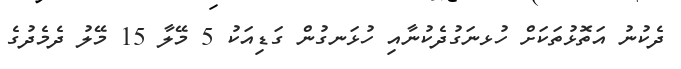
ދެކުނު އަތޮޅުތަކަށް ހުޅނަގުދެކުނާއި ހުޅަނގުން ގަޑިއަކު 5 މޭލާ 15 މޭލު ދެމެދުގެ